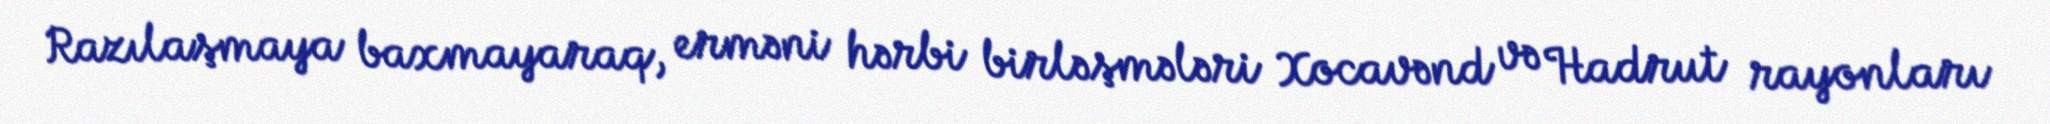
Razılaşmaya baxmayaraq, erməni hərbi birləşmələri Xocavənd və Hadrut rayonları